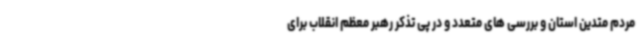
مردم متدین استان و بررسی های متعدد و در پی تذکر رهبر معظم انقلاب برای